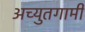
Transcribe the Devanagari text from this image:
अच्युतगामी